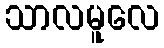
သာလမူလေ